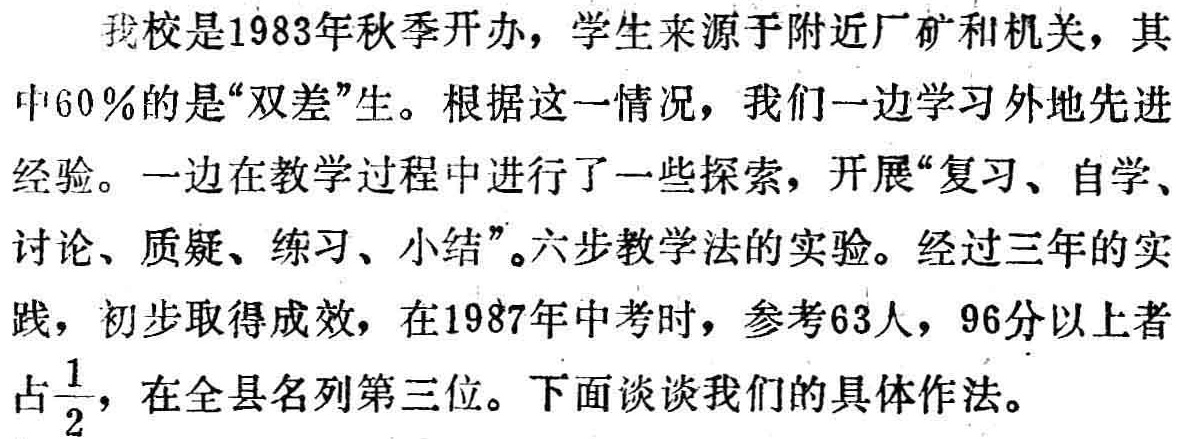
我校是1983年秋季开办，学生来源于附近厂矿和机关，其中60％的是“双差”生。根据这一情况，我们一边学习外地先进经验。一边在教学过程中进行了一些探索，开展“复习、自学、讨论、质疑、练习、小结”。六步教学法的实验。经过三年的实践，初步取得成效，在1987年中考时，参考63人，96分以上者占$\frac{1}{2}$，在全县名列第三位。下面谈谈我们的具体作法。